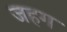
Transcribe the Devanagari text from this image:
जहग